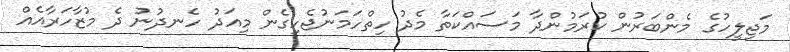
މަޖިލީހުގެ މެންބަރުން ކުރަމުންދާ މަސައްކަތާ މެދު ހިތްހަމަނުޖެހިގެން މިއަދު ހެނދުނު ދެ މުޒާހަރާއެއް